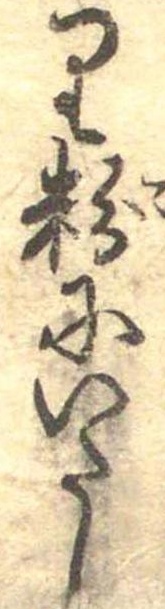
り粉にいたし